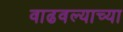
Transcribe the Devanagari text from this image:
वाढवल्याच्या